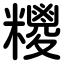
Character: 糭